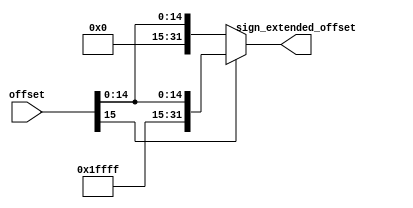
module sign_extender(offset, sign_extended_offset);
input [0: 15] offset;
output [0: 31] sign_extended_offset;
reg [0: 31] sign_extended_offset;

always @ (offset)
begin
    if (offset[0])
        begin
            sign_extended_offset <= {16'hFFFF, offset};
        end

    else
        begin
            sign_extended_offset <= {16'b0, offset};
        end
end
endmodule